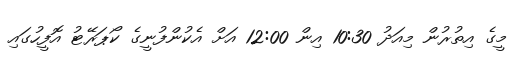
މީގެ އިތުރުން މިއަދު 10:30 އިން 12:00 އަށް އެކުންފުނީގެ ކޯޕަރޭޓު އޮފީހުގައި